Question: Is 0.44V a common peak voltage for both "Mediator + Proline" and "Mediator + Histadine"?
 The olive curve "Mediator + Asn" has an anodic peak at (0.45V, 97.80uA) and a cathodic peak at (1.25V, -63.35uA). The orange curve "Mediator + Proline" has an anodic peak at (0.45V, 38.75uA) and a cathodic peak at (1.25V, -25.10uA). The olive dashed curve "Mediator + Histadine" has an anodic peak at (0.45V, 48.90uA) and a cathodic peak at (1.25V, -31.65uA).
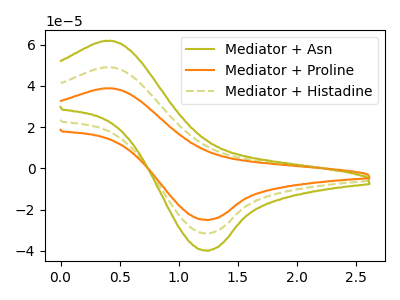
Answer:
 <answer>Yes, "Mediator + Proline" and "Mediator + Histadine" share a peak at 0.44V.</answer>
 <eval>match</eval>